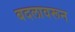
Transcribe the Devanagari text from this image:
बदलावरून